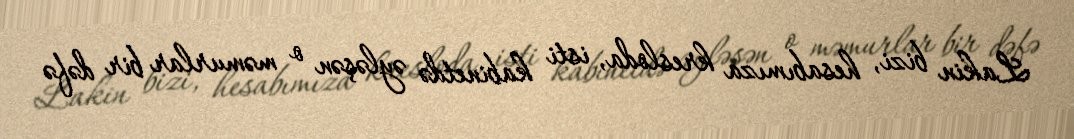
Lakin bizi, hesabımıza kresloda, isti kabinetdə əyləşən o məmurlar bir dəfə